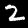
Label: 2